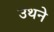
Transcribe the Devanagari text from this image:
उथने